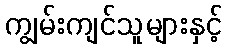
ကျွမ်းကျင်သူများနှင့်